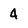
Character: 4